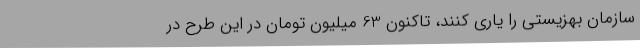
سازمان بهزیستی را یاری کنند، تاکنون 63 میلیون تومان در این طرح در